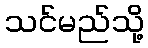
သင်မည်သို့